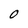
Character: O